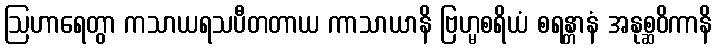
ဩဟာရေတွာ ကသာယရသပီတတာယ ကာသာယာနိ ဗြဟ္မစရိယံ စရန္တာနံ အနုစ္ဆဝိကာနိ